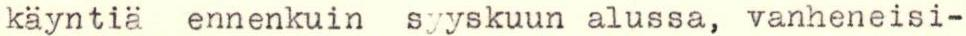
käyntiä ennenkuin syyskuun alussa, vanheneisi-